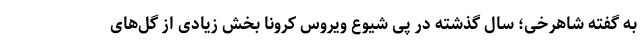
به گفته شاهرخی؛ سال گذشته در پی شیوع ویروس کرونا بخش زیادی از گل‌های